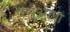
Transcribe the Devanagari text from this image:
पंसुआण